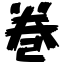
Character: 巻